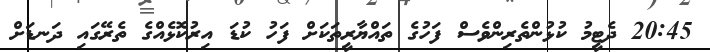
20:45 ދެޓީމު ކުޅުންތެރިންވެސް ފަހުގެ ތައްޔާރީތަކަށް ފަހު ކުޑަ އިރުކޮޅެއްގެ ތެރޭގައި ދަނޑަށް